Bréfritari: Soffía Daníelsdóttir
Viðtakandi: Jakobína Magnúsdóttir
Dagsetning: A-1888-02-04
Skrifað á: Reykjavík  Gull.
Soffía var dóttir Jakobínu

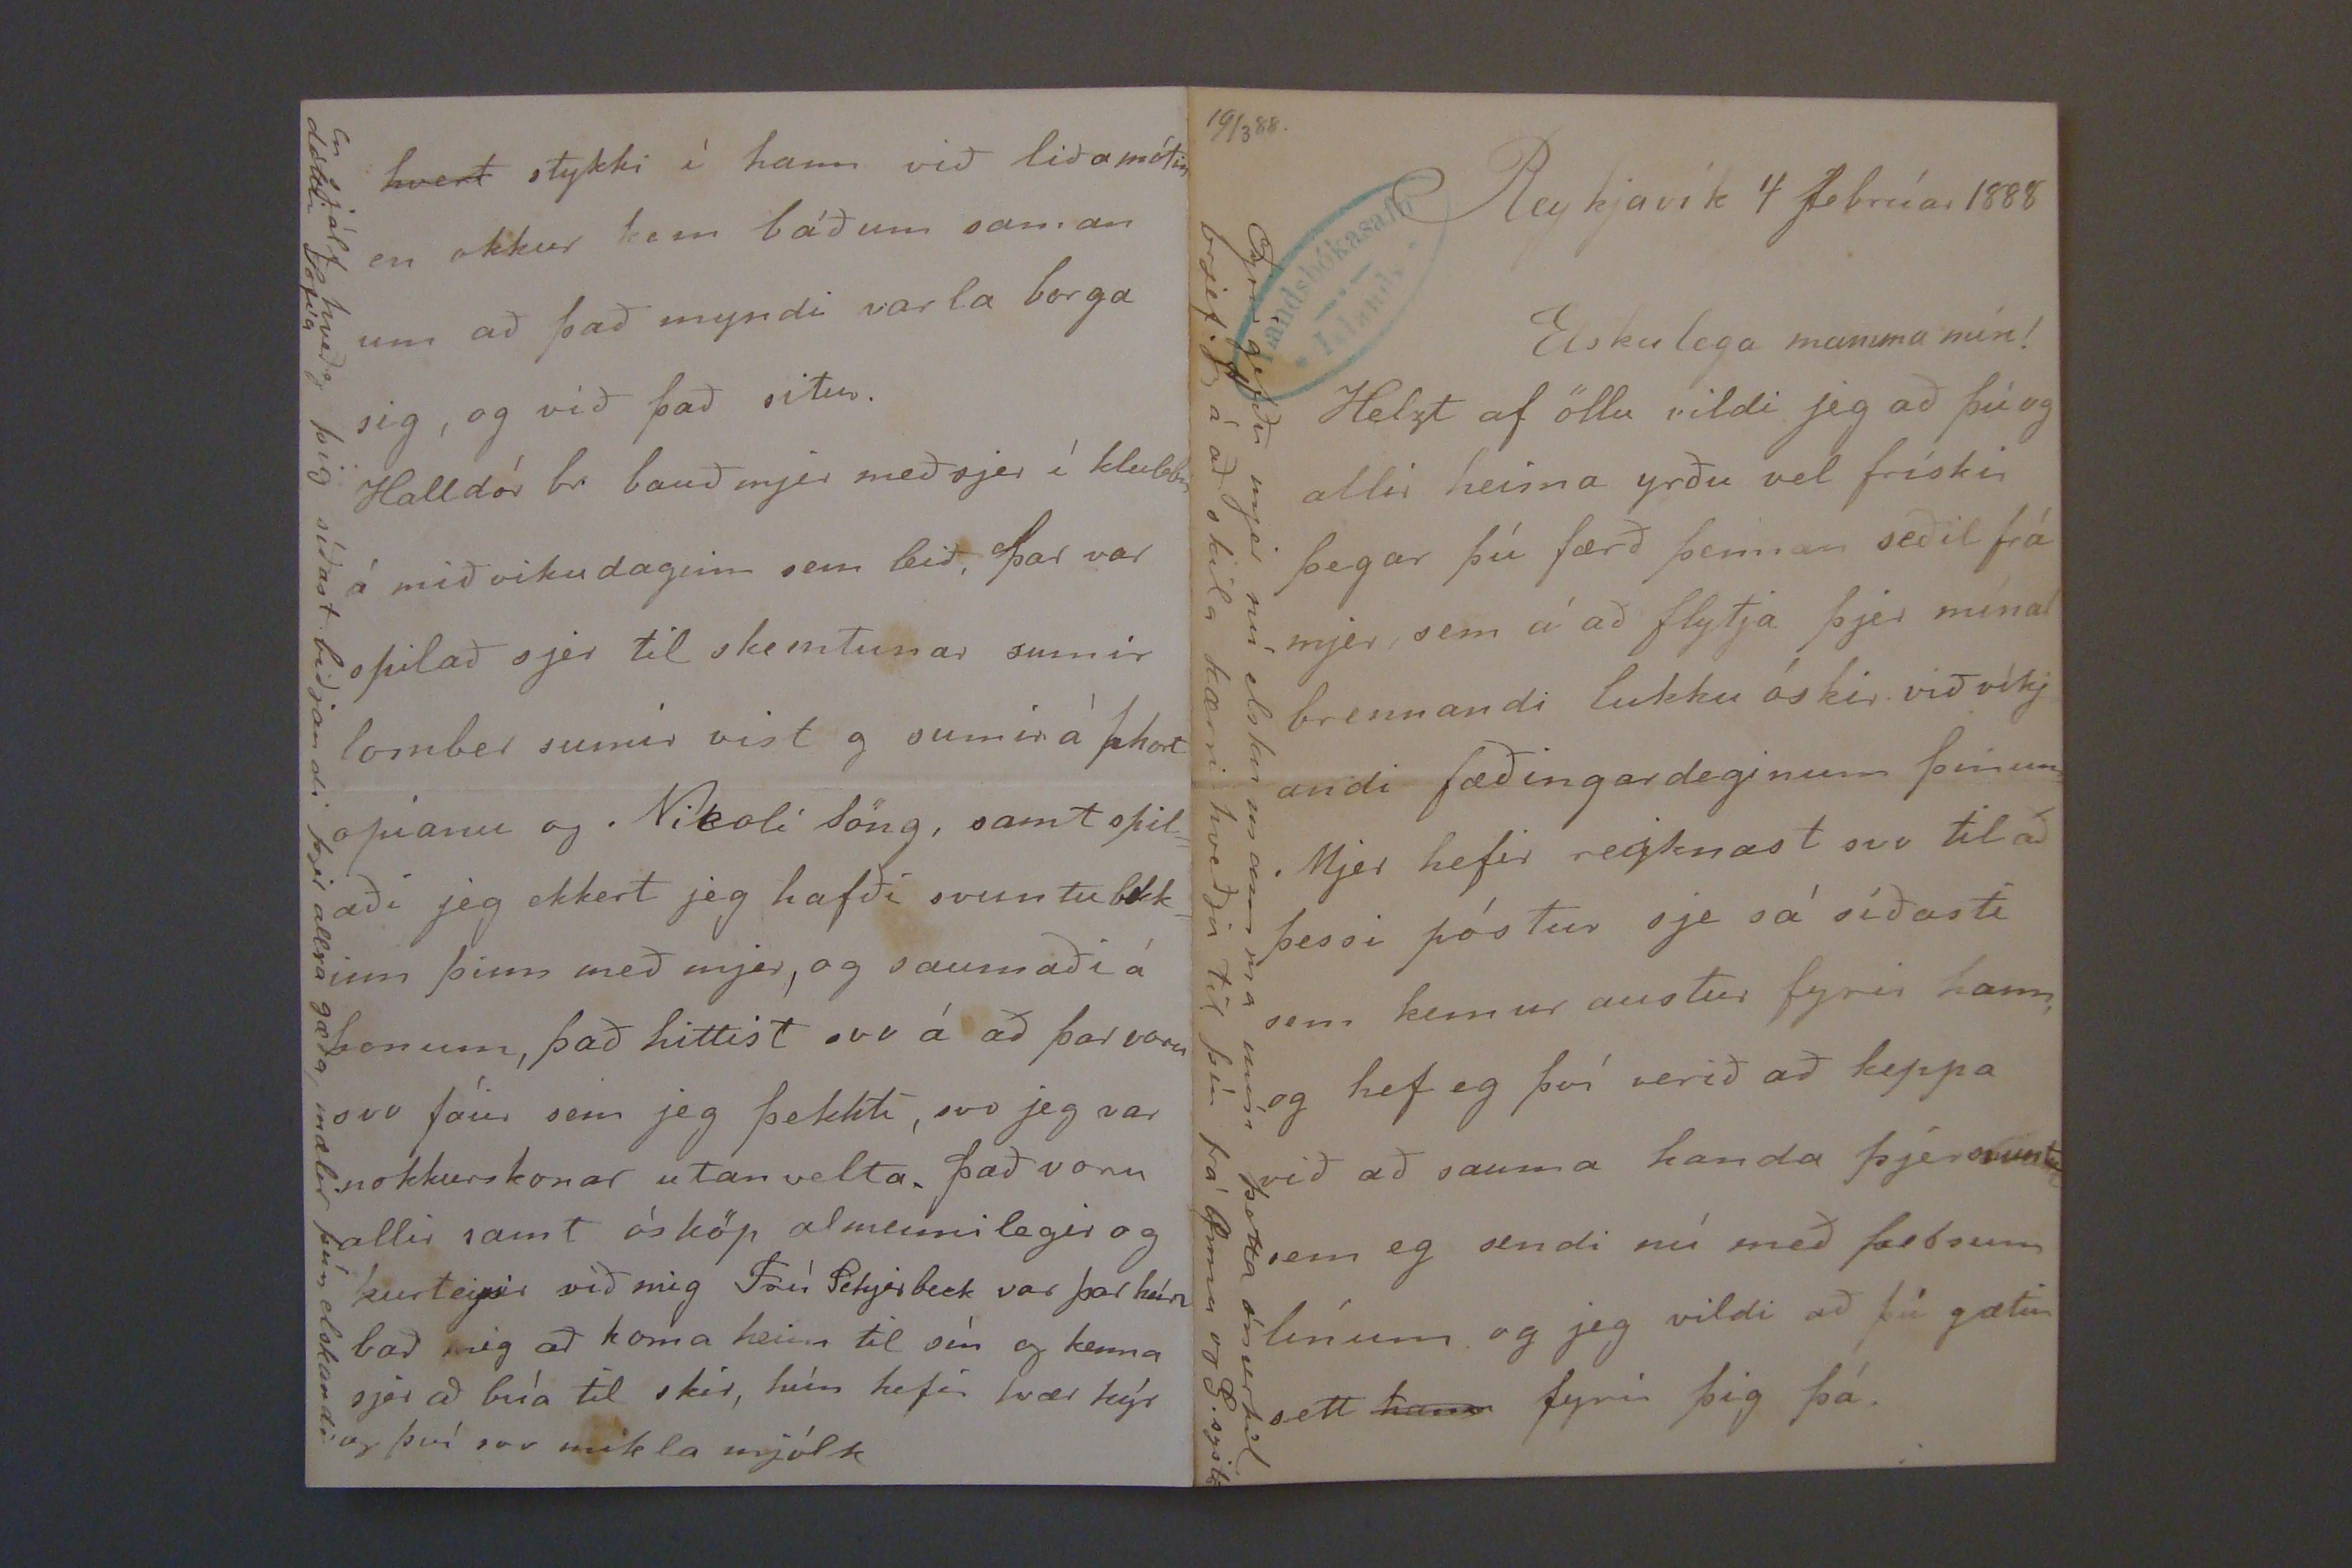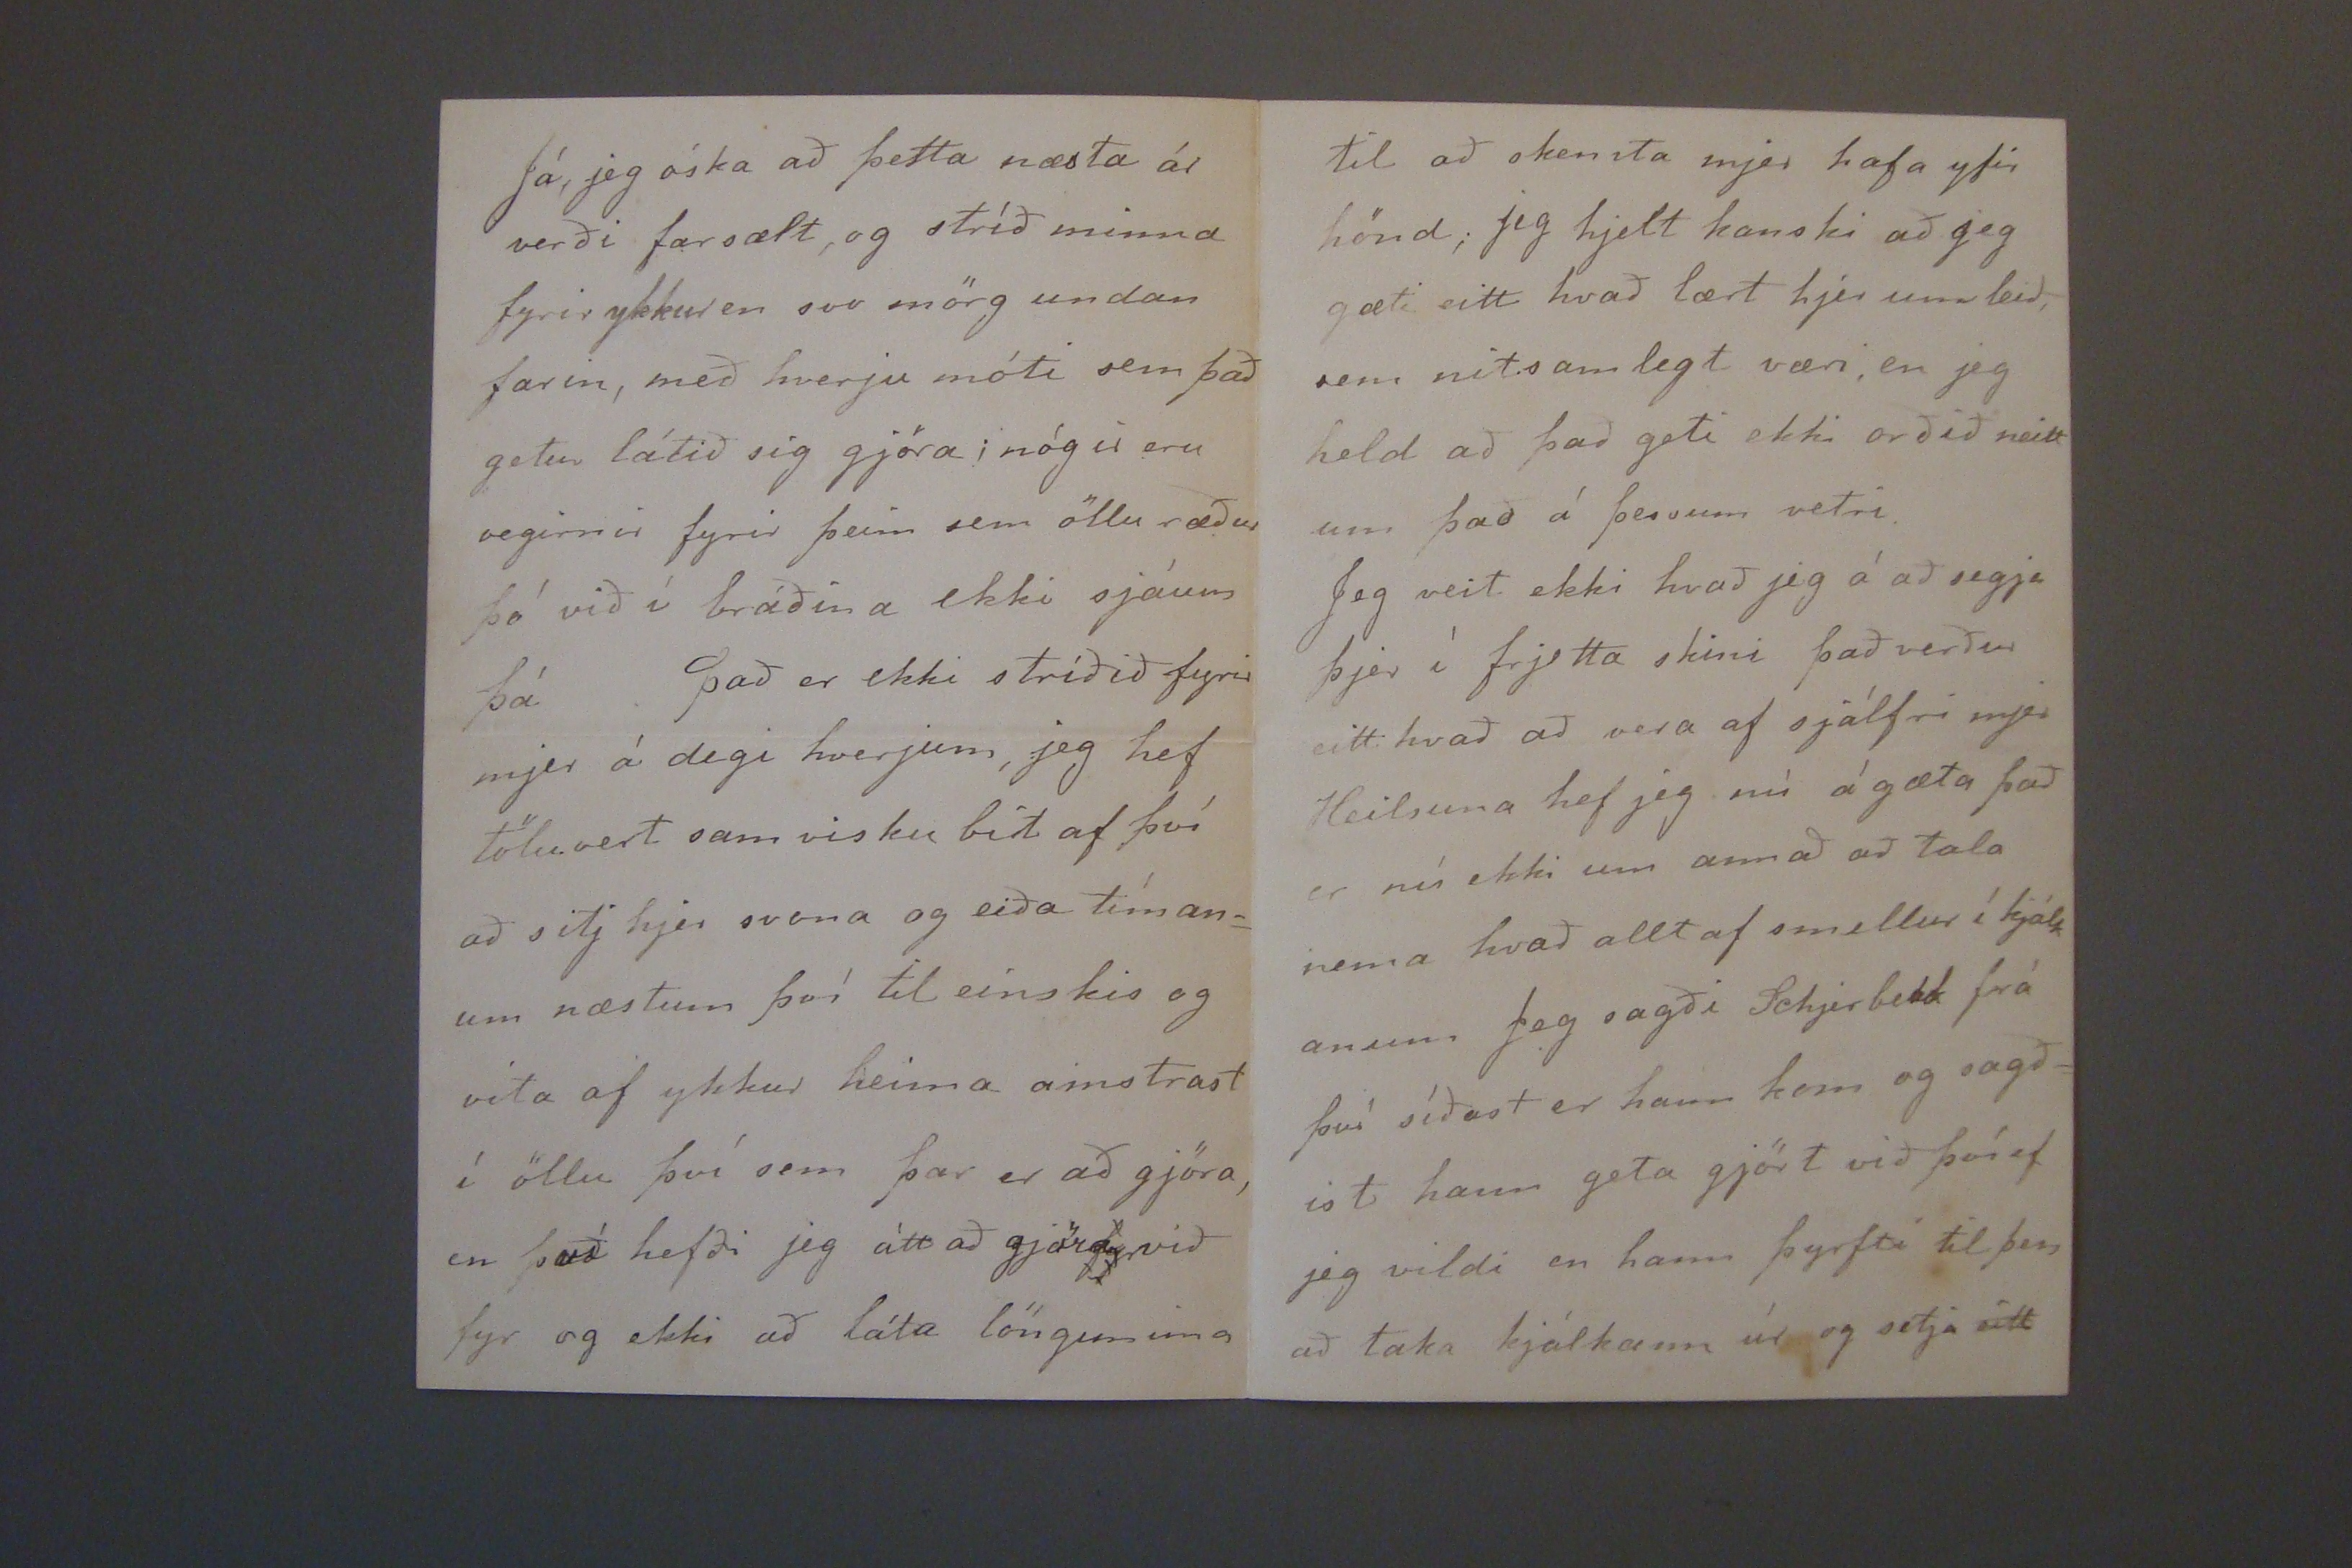

Reykjavík 4 febrúar 1888
Elskulega mamma mín!
Helzt af öllu vildi jeg að þú og allir heima yrðu vel frískir þegar þú færð þennan seðil frá mjer, sem á að flytja þjer mínar brennandi lukku óskir við víkjandi fæðingardeginum þínum Mjer hefir reiknast svo til að þessi póstur sje sá síðasti sem kemur austur fyrir hann, og hef eg því verið að keppa við að sauma handa þjer svuntu sem eg sendi nú með þessum línum og jeg vildi að þú gætir sett
hann
fyrir þig þá
Fyrirgefðu mjer nú elsku mamma mín þetta ómerkil. brjef
Jeg
á að skila kærri kveðju til þín frá Önnu og S. systir
Já, jeg óska að þetta næsta ár verði farsælt, og stríð minna fyrir ykkur en svo mörg undan farin, með hverju móti sem það getur látið sig gjöra; nógir eru vegirnir fyrir þeim sem öllu ræður þó við í bráðina ekki sjáum þá. Það er ekki stríðið fyrir mjer á degi hverjum, jeg hef töluvert samvisku bit af því að sitj hjer svona og eiða tíman= um næstum því til einskis og vita af ykkur heima amstrast í öllu því sem þar er að gjöra, en það hefði jeg átt að gjöra við fyr og ekki að láta löngunina
til að skemta mjer hafa yfir hönd; jeg hjelt kanski að jeg gæti eitt hvað lært hjer um leið, sem nitsamlegt væri, en jeg held að það geti ekki orðið neitt um það á þessum vetri. Jeg veit ekki hvað jeg á að segja þjer í frjetta skini það verður eitthvað að vera af sjálfri mjer Heilsuna hef jeg nú ágæta það er nú ekki um annað að tala nema hvað alltaf smellur í kjálk anum Jeg sagði Schjerbekk frá því síðast er hann kom og sagð= ist hann geta gjört við því ef jeg vildi en hann þyrfti til þess að taka kjálkann úr og setja
eitt
hvert
stykki í hann við liðamótin en okkur kom báðum saman um að það myndi varla borga sig, og við það situr. Halldór br bauð mjer með sjer í klubbin á miðvikudaginn sem leið, Þar var spilað sjer til skemtunar sumir lomber sumir vist og sumir á
0hort o00anu
og Nikoli söng, samt spil= aði jeg ekkert jeg hafði svuntubekk= inn þinn með mjer, og saumaði á honum, það hittist svo á að þar voru svo fáir sem jeg þekkti, svo jeg var nokkurskonar utanvelta. Það voru allir samt ósköp almennilegir og kurteysir við mig Frú Schjerbeck var þar hún bað mig að koma heim til sín og kenna sjer að búa til skír, hún hefir tvær kýr og því svo mikla mjólk
En sjálf hveð
eg
þig síðast biðjandi þjer allra gæða, mælir þín elskandi dóttir Sofía